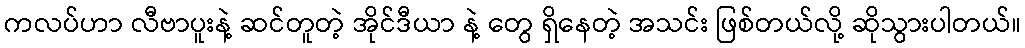
ကလပ်ဟာ လီဗာပူးနဲ့ ဆင်တူတဲ့ အိုင်ဒီယာ နဲ့ တွေ ရှိနေတဲ့ အသင်း ဖြစ်တယ်လို့ ဆိုသွားပါတယ်။